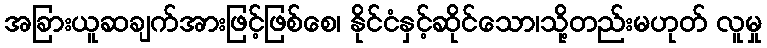
အခြားယူဆချက်အားဖြင့်ဖြစ်စေ၊ နိုင်ငံနှင့်ဆိုင်သော၊သို့တည်းမဟုတ် လူမှု